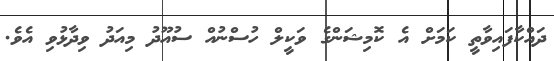
ދައްކާފައިވާތީ ކަމަށް އެ ކޮމިޝަންގެ ވަކީލް ހުސްނުއް ސުއޫދު މިއަދު ވިދާޅުވި އެވެ.